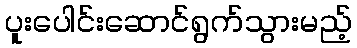
ပူးပေါင်းဆောင်ရွက်သွားမည့်